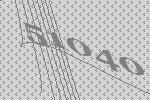
51040